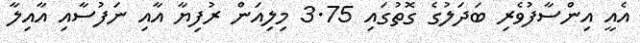
އެއީ އިންސާފުވެރި ބަދަލުގެ ގޮތުގައި 3.75 މިލިއަން ރުފިޔާ އާއި ނަފުސާއި އާއިލާ